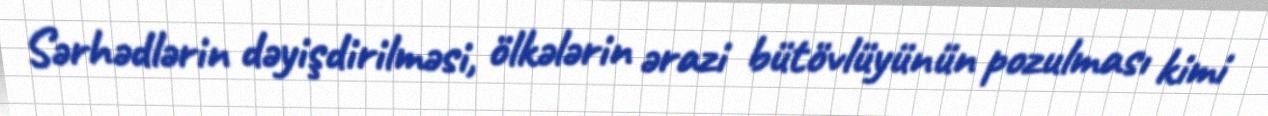
Sərhədlərin dəyişdirilməsi, ölkələrin ərazi bütövlüyünün pozulması kimi